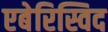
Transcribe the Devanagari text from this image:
एबेरिस्विद